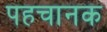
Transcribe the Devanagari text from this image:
पहचानक